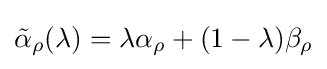
{\tilde {\alpha }}_{\rho }(\lambda )=\lambda \alpha _{\rho }+(1-\lambda )\beta _{\rho }